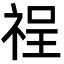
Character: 䄇